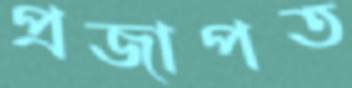
প্রজাপত